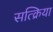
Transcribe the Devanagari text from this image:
सत्क्रिया